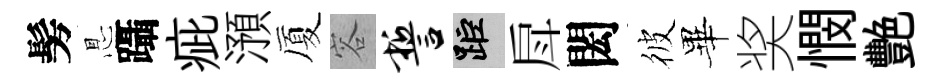
髣㤙躡疵澦厦容誓距戽閎彼畢奖憫艷